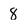
Character: 8